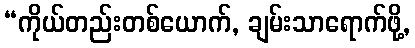
“ကိုယ်တည်းတစ်ယောက်, ချမ်းသာရောက်ဖို့,